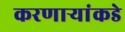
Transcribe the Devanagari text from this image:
करणाऱ्यांकडे